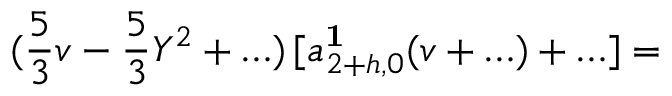
( \frac { 5 } { 3 } v - \frac { 5 } { 3 } Y ^ { 2 } + \ldots ) \, [ a _ { 2 + h , 0 } ^ { \bf 1 } ( v + \ldots ) + \ldots ] =